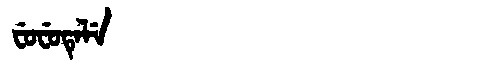
Manchu: ᠸᡠᠸᡠᡨᡝᠯᡝ
Romanization: FUFUTELE